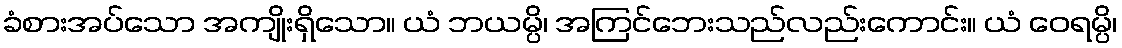
ခံစားအပ်သော အကျိုးရှိသော။ ယံ ဘယမ္ပိ၊ အကြင်ဘေးသည်လည်းကောင်း။ ယံ ဝေရမ္ပိ၊